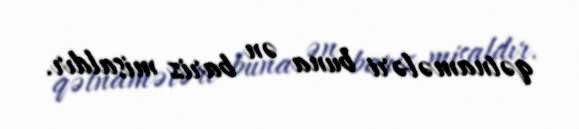
qətnamələri buna ən bariz misaldır.